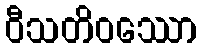
ဝီသတိဝဿော